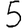
Digit: 5